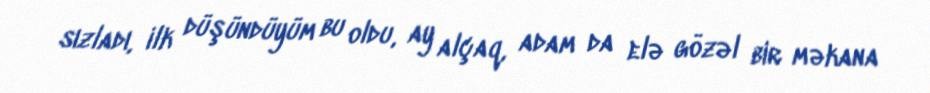
sızladı, ilk düşündüyüm bu oldu, ay alçaq, adam da elə gözəl bir məkana